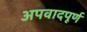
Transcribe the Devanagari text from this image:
अपवादपूर्ण